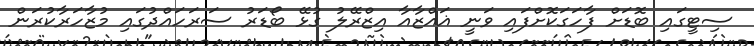
ސިޓީގައި ބޮޑަށް ފާހަގަކޮށްފައި ވަނީ ޣައްޒާއާ އިޒްރޭލު ގުޅޭ ބޯޑަރު ސަރަހައްދުގައި މުޒާހަރާކުރަން